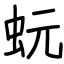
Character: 蚖